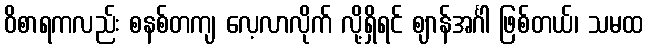
ဝိစာရကလည်း စနစ်တကျ လေ့လာလိုက် လို့ရှိရင် ဈာန်အင်္ဂါ ဖြစ်တယ်၊ သမထ